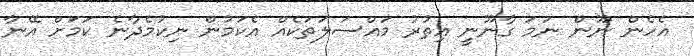
އެހެން ނޫން ނަމަ ގާނޫނީ އިތުރު މައްސަލަތަކެއް އެކަމުން ނިކުމެދާނެ ކަމަށް އޭނާ